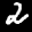
Label: 2